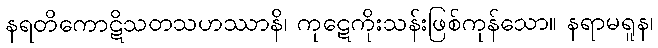
နရတိကောဋိသတသဟဿာနိ၊ ကုဋေကိုးသန်းဖြစ်ကုန်သော။ နရာမရူန၊